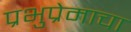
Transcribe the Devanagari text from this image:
प्रभुप्रेमाचा